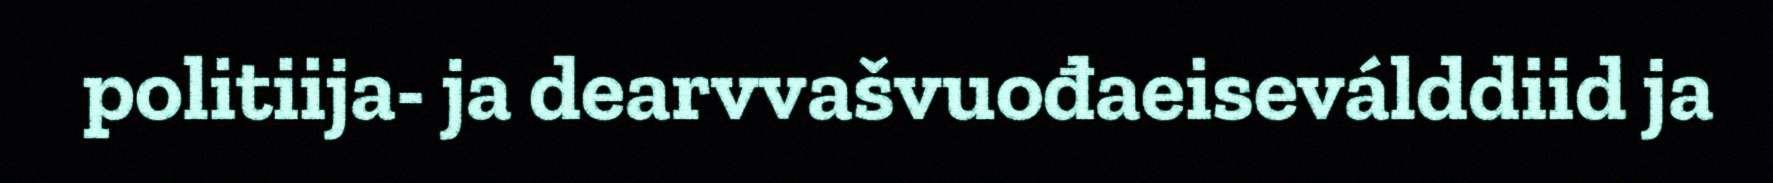
politiija- ja dearvvašvuođaeiseválddiid ja